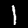
Label: 1